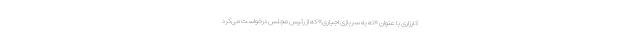
کارزاری با عنوان «نه به سربازی اجباری» که از رئیس مجلس درخواست می‌کرد